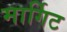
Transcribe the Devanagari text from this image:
मार्गिट